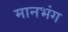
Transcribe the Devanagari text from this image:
मानभंग